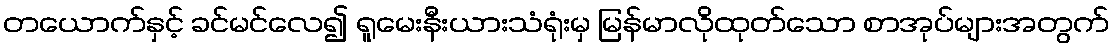
တယောက်နှင့် ခင်မင်လေ၍ ရူမေးနီးယားသံရုံးမှ မြန်မာလိုထုတ်သော စာအုပ်များအတွက်